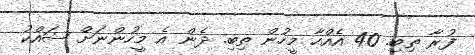
ފުރާ ތިބި. 40 އެއްހާ މީހުން ތިބި. ދެން އެ މީހުންނަށް ޝައްކު